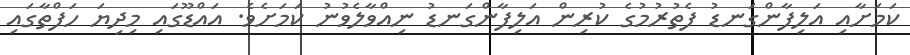
ކަމަށާއި އަލިފާންގަނޑު ފެތުރުމުގެ ކުރިން އަލިފާންގަނޑު ނިއްވާލެވުނު ކަމަށެވެ. އައްޑޫގައި މިދިޔަ ހަފްތާގައި